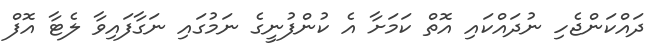
ދައްކަންޖެހި ނުދައްކައި އޮތް ކަމަށާ އެ ކުންފުނީގެ ނަމުގައި ނަގާފައިވާ ލެޓާ އޮފް